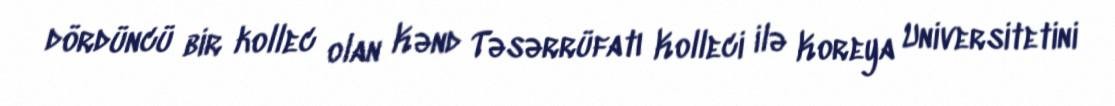
dördüncü bir kollec olan Kənd Təsərrüfatı Kolleci ilə Koreya Universitetini